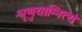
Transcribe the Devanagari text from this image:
श्रृणुयान्नित्यं